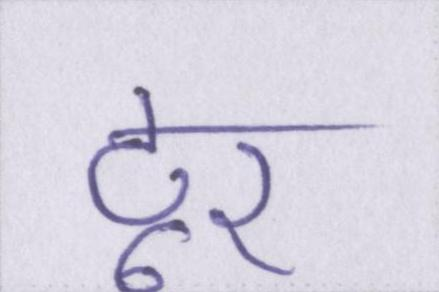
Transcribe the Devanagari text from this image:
टूर